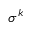
\sigma ^ { k }